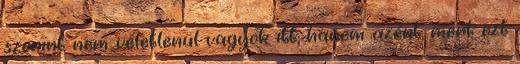
szerint nem véletlenül vagyok itt, hanem azért, mert ezt